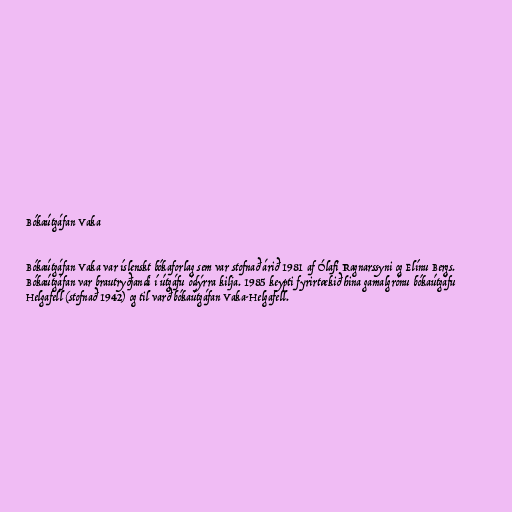
Bókaútgáfan Vaka

Bókaútgáfan Vaka var íslenskt bókaforlag sem var stofnað árið 1981 af Ólafi Ragnarssyni og Elínu Bergs.
Bókaútgáfan var brautryðjandi í útgáfu ódýrra kilja. 1985 keypti fyrirtækið hina gamalgrónu bókaútgáfu
Helgafell (stofnað 1942) og til varð bókaútgáfan Vaka-Helgafell.